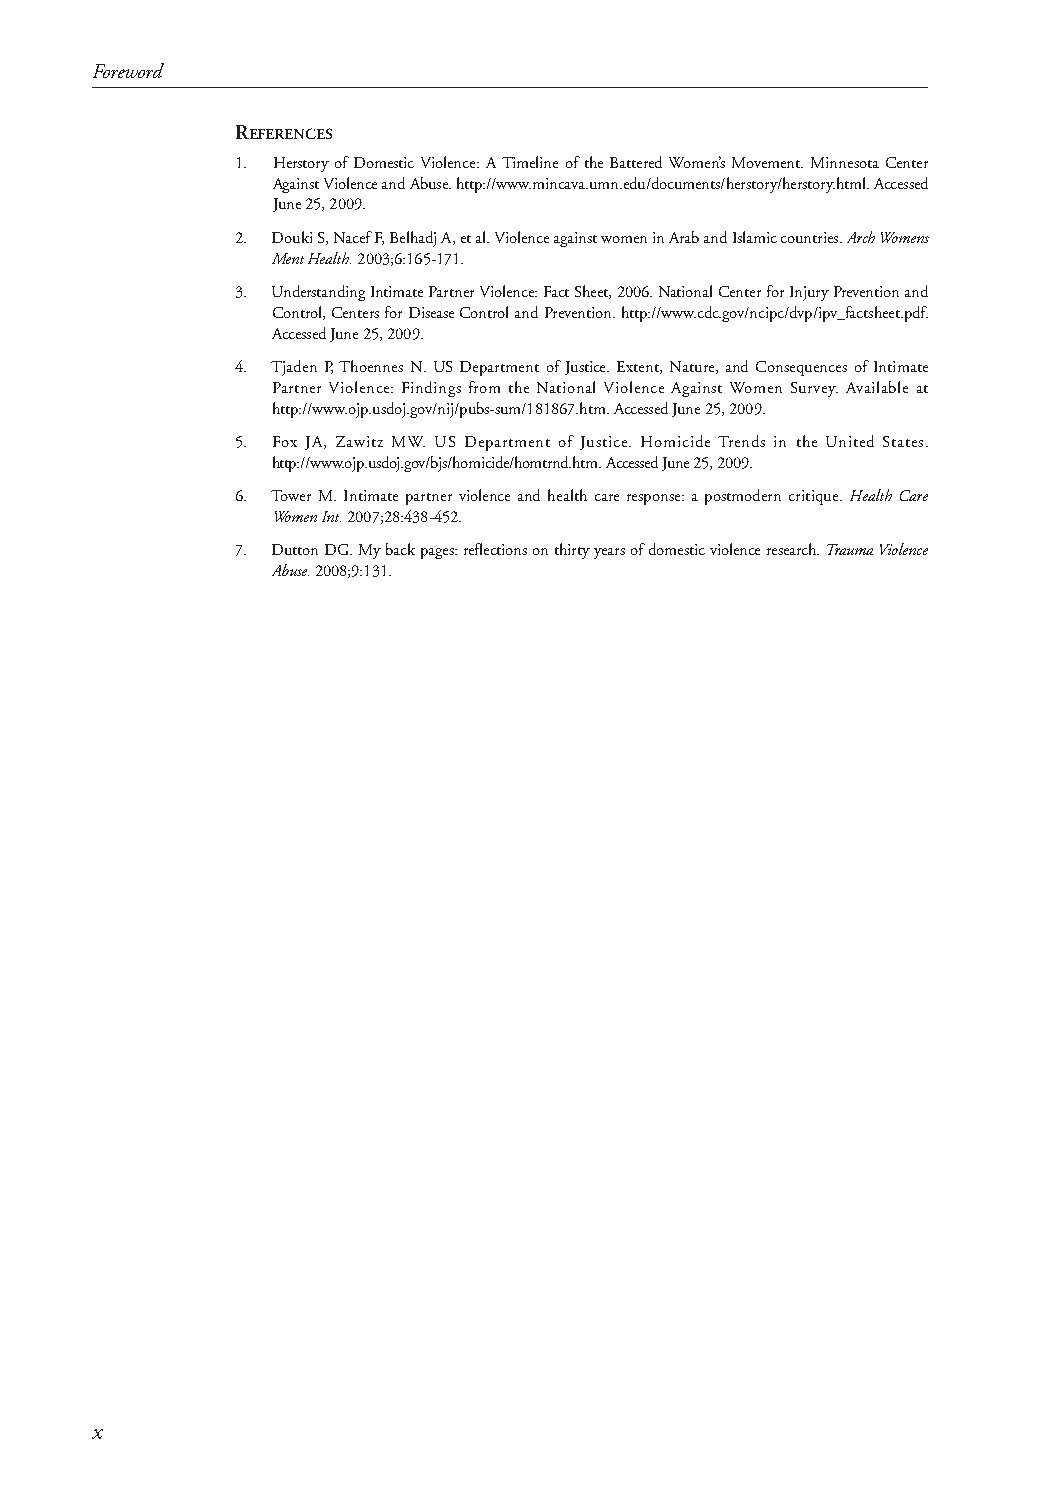
Foreword
 REFERENCES
 1. Herstory of Domestic Violence: A Timeline of the Battered Women’s Movement. Minnesota Center
 Against Violence and Abuse. http://www.mincava.umn.edu/documents/herstory/herstory.html. Accessed
 June 25, 2009.
 2. Douki S, Nacef F, Belhadj A, et al. Violence against women in Arab and Islamic countries. Arch Womens
 Ment Health.2003;6:165-171.
 3. Understanding Intimate Partner Violence: Fact Sheet, 2006. National Center for Injury Prevention and
 Control, Centers for Disease Control and Prevention. http://www.cdc.gov/ncipc/dvp/ipv_factsheet.pdf.
 Accessed June 25, 2009.
 4. Tjaden P, Thoennes N. US Department of Justice. Extent, Nature, and Consequences of Intimate
 Partner Violence: Findings from the National Violence Against Women Survey. Available at
 http://www.ojp.usdoj.gov/nij/pubs-sum/181867.htm. Accessed June 25, 2009.
 5. Fox JA, Zawitz MW. US Department of Justice. Homicide Trends in the United States.
 http://www.ojp.usdoj.gov/bjs/homicide/homtrnd.htm. Accessed June 25, 2009.
 6. Tower M. Intimate partner violence and health care response: a postmodern critique. Health Care
 Women Int.2007;28:438-452.
 7. Dutton DG. Myback pages: reflections on thirty years of domestic violence research. Trauma Violence
 Abuse.2008;9:131.
 x